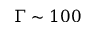
\Gamma \sim 1 0 0